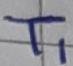
Text: TI